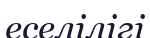
еселілігі